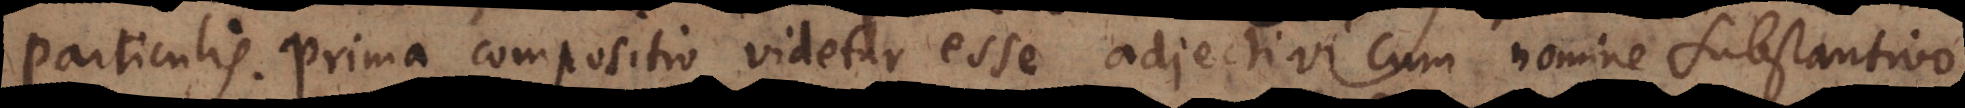
Â Â compositio videtur esse adjectivi cum nomine substantivo